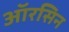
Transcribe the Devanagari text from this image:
ऑरसिन